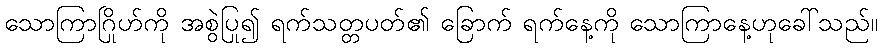
သောကြာဂြိုဟ်ကို အစွဲပြု၍ ရက်သတ္တပတ်၏ ခြောက် ရက်နေ့ကို သောကြာနေ့ဟုခေါ်သည်။